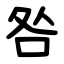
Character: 咎